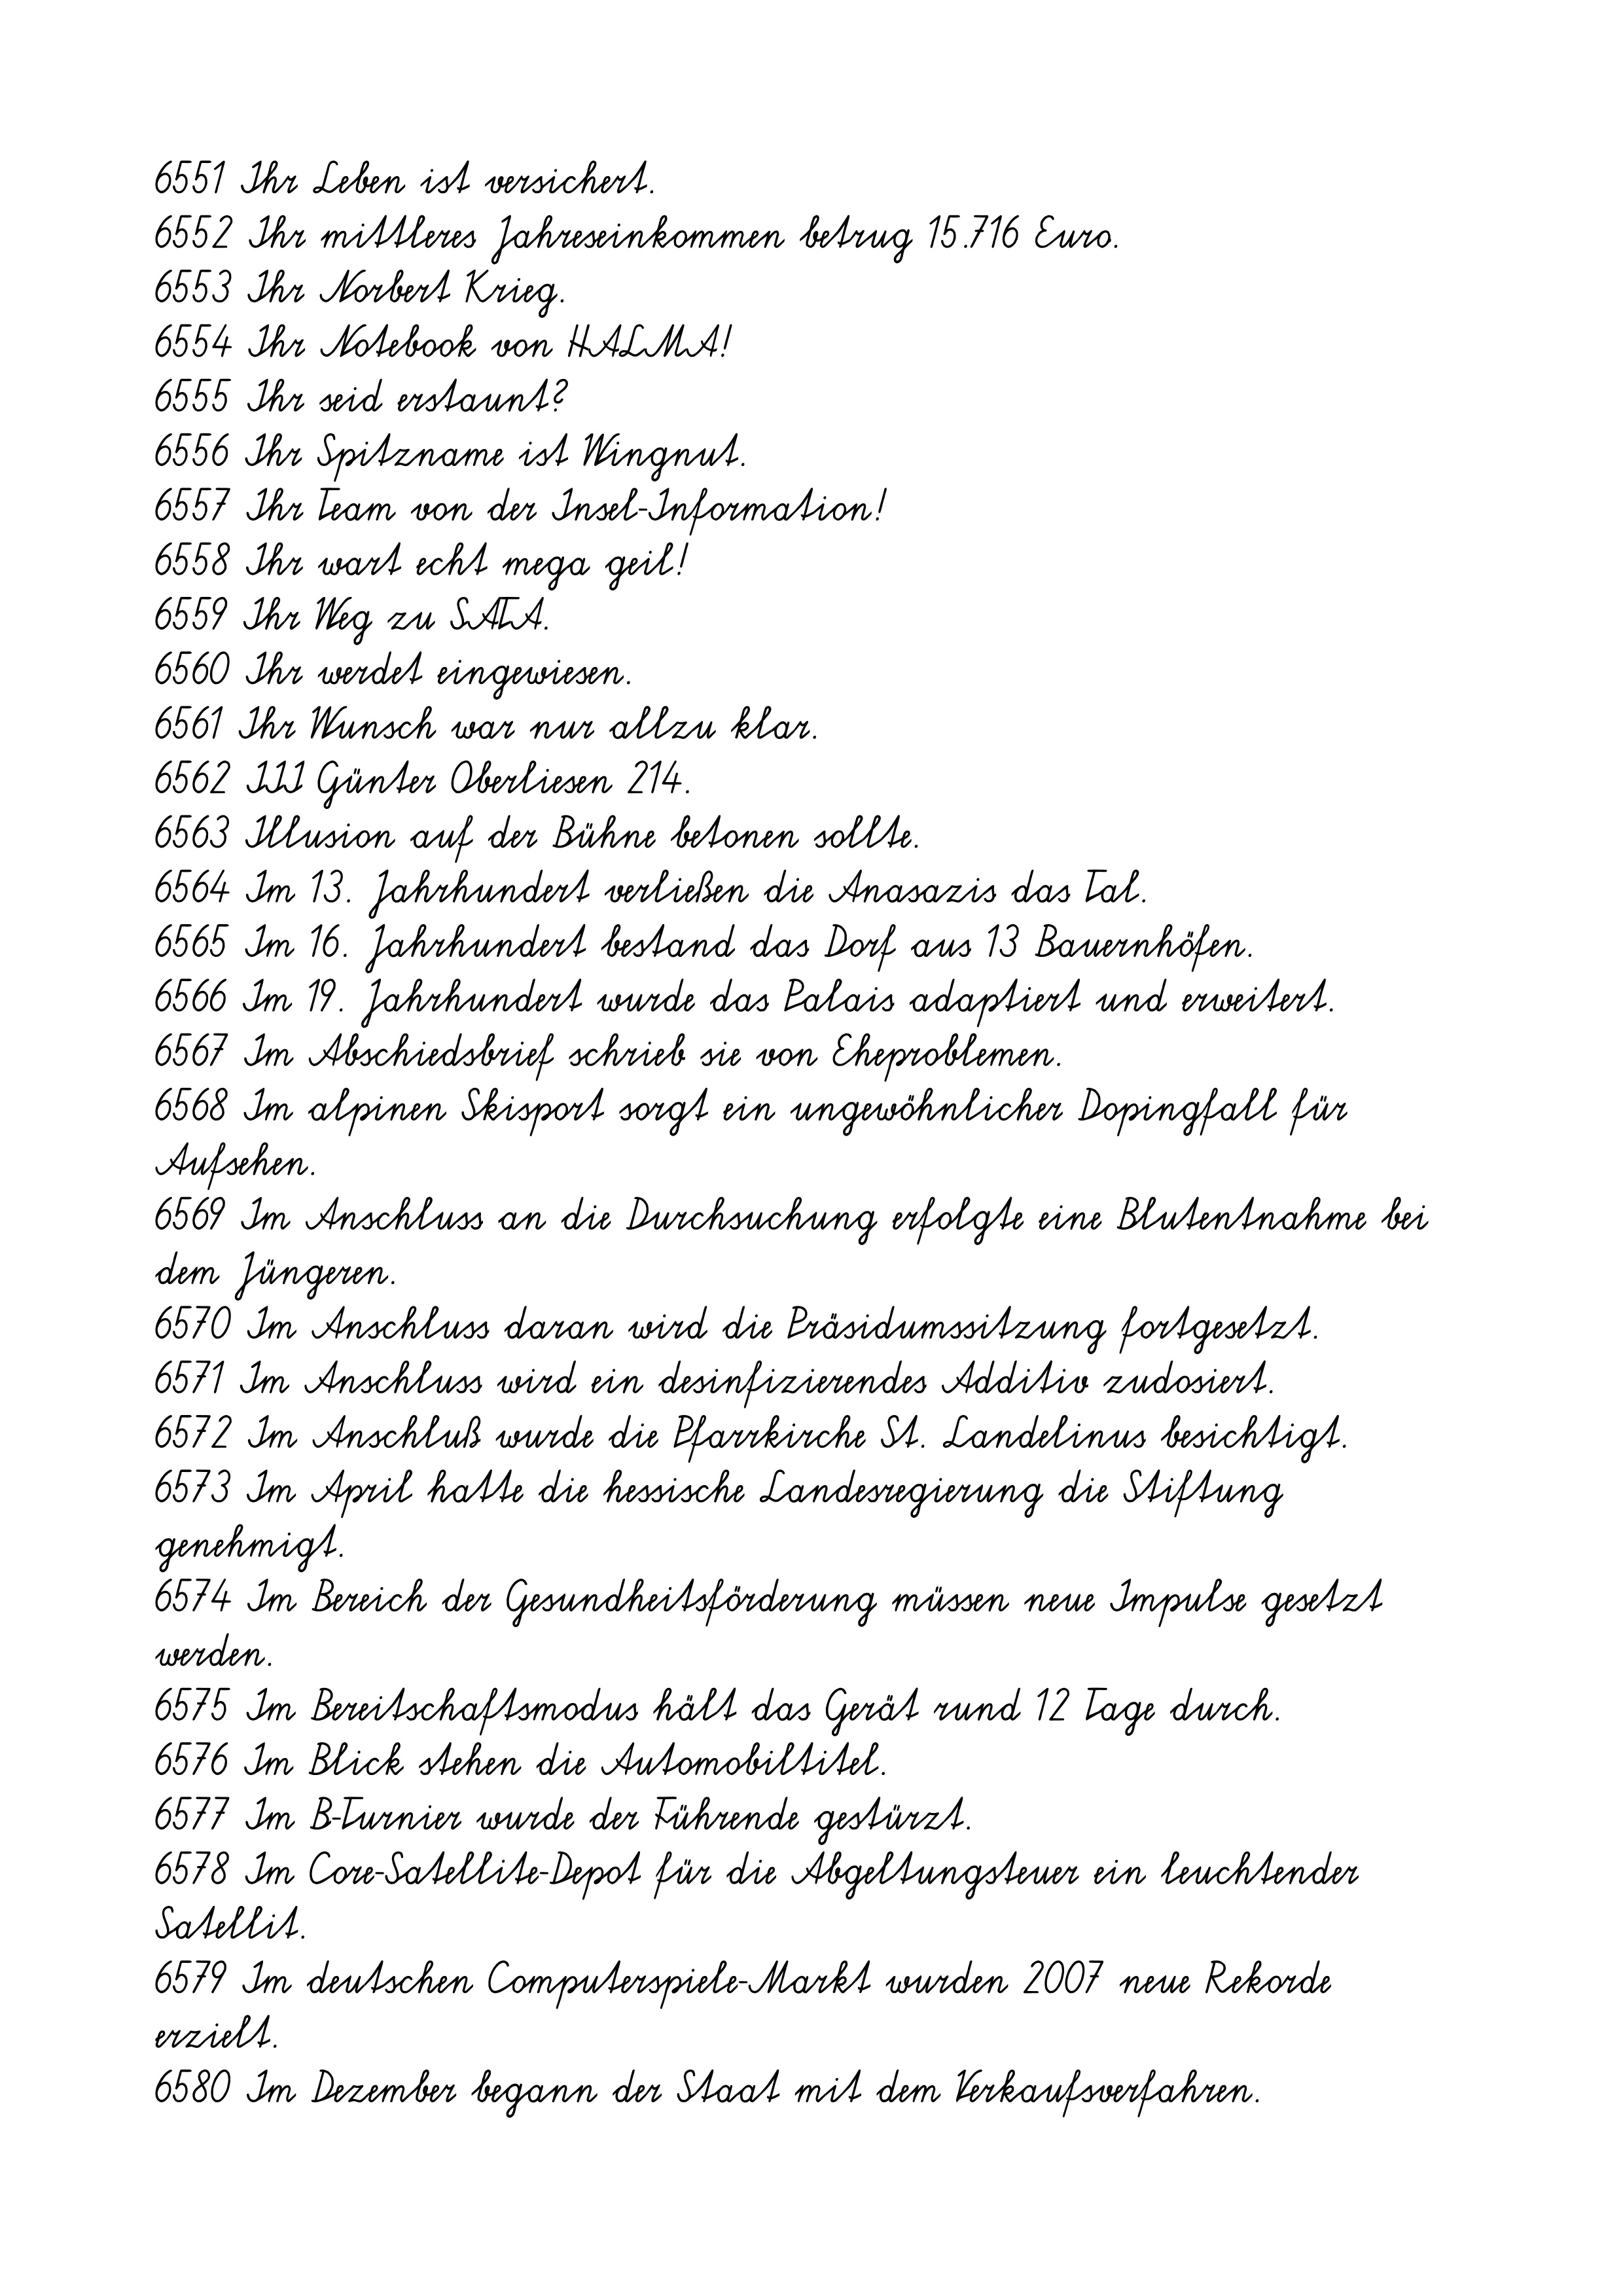
6551 Ihr Leben ist versichert.
6552 Ihr mittleres Jahreseinkommen betrug 15.716 Euro.
6553 Ihr Norbert Krieg.
6554 Ihr Notebook von HALMA!
6555 Ihr seid erstaunt?
6556 Ihr Spitzname ist Wingnut.
6557 Ihr Team von der Insel-Information!
6558 Ihr wart echt mega geil!
6559 Ihr Weg zu SATA.
6560 Ihr werdet eingewiesen.
6561 Ihr Wunsch war nur allzu klar.
6562 III Günter Oberliesen 214.
6563 Illusion auf der Bühne betonen sollte.
6564 Im 13. Jahrhundert verließen die Anasazis das Tal.
6565 Im 16. Jahrhundert bestand das Dorf aus 13 Bauernhöfen.
6566 Im 19. Jahrhundert wurde das Palais adaptiert und erweitert.
6567 Im Abschiedsbrief schrieb sie von Eheproblemen.
6568 Im alpinen Skisport sorgt ein ungewöhnlicher Dopingfall für
Aufsehen.
6569 Im Anschluss an die Durchsuchung erfolgte eine Blutentnahme bei
dem Jüngeren.
6570 Im Anschluss daran wird die Präsidumssitzung fortgesetzt.
6571 Im Anschluss wird ein desinfizierendes Additiv zudosiert.
6572 Im Anschluß wurde die Pfarrkirche St. Landelinus besichtigt.
6573 Im April hatte die hessische Landesregierung die Stiftung
genehmigt.
6574 Im Bereich der Gesundheitsförderung müssen neue Impulse gesetzt
werden.
6575 Im Bereitschaftsmodus hält das Gerät rund 12 Tage durch.
6576 Im Blick stehen die Automobiltitel.
6577 Im B-Turnier wurde der Führende gestürzt.
6578 Im Core-Satellite-Depot für die Abgeltungsteuer ein leuchtender
Satellit.
6579 Im deutschen Computerspiele-Markt wurden 2007 neue Rekorde
erzielt.
6580 Im Dezember begann der Staat mit dem Verkaufsverfahren.